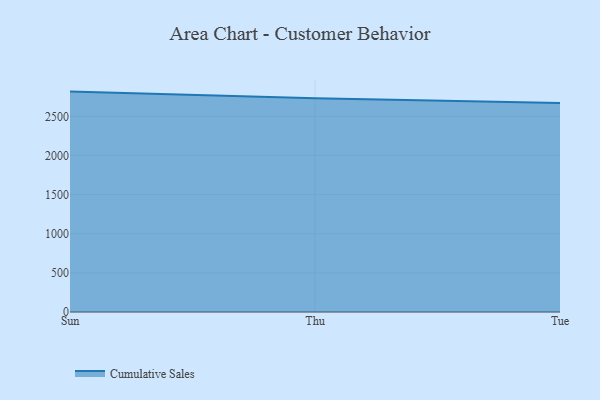
{"axis": {"x": "Day", "y": "Conversion Rate (%)"}, "legend": ["Cumulative Sales"], "data": [{"x": "Sun", "y": 2815.6, "type": "Cumulative Sales"}, {"x": "Thu", "y": 2731.5, "type": "Cumulative Sales"}, {"x": "Tue", "y": 2670.4, "type": "Cumulative Sales"}]}